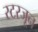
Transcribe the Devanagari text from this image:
स्टरजून